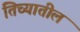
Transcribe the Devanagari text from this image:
तिच्‍यातील